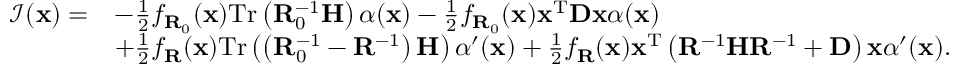
\begin{array} { r l } { \mathcal { I } ( \mathbf { x } ) = } & { - \frac { 1 } { 2 } f _ { \mathbf { R } _ { 0 } } ( \mathbf { x } ) \mathrm { T r } \left( \mathbf { R } _ { 0 } ^ { - 1 } \mathbf { H } \right) \alpha ( \mathbf { x } ) - \frac { 1 } { 2 } f _ { \mathbf { R } _ { 0 } } ( \mathbf { x } ) \mathbf { x } ^ { \mathrm { T } } \mathbf { D } \mathbf { x } \alpha ( \mathbf { x } ) } \\ & { + \frac { 1 } { 2 } f _ { \mathbf { R } } ( \mathbf { x } ) \mathrm { T r } \left( \left( \mathbf { R } _ { 0 } ^ { - 1 } - \mathbf { R } ^ { - 1 } \right) \mathbf { H } \right) \alpha ^ { \prime } ( \mathbf { x } ) + \frac { 1 } { 2 } f _ { \mathbf { R } } ( \mathbf { x } ) \mathbf { x } ^ { \mathrm { T } } \left( \mathbf { R } ^ { - 1 } \mathbf { H } \mathbf { R } ^ { - 1 } + \mathbf { D } \right) \mathbf { x } \alpha ^ { \prime } ( \mathbf { x } ) . } \end{array}